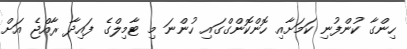
ހިންގާ ކުންފުނި ކަމަށާއި ހޮންކޮންގްގައި ހުންނަ މި ޓާމިލްގެ ފައިދާ ރާއްޖެ އަށް